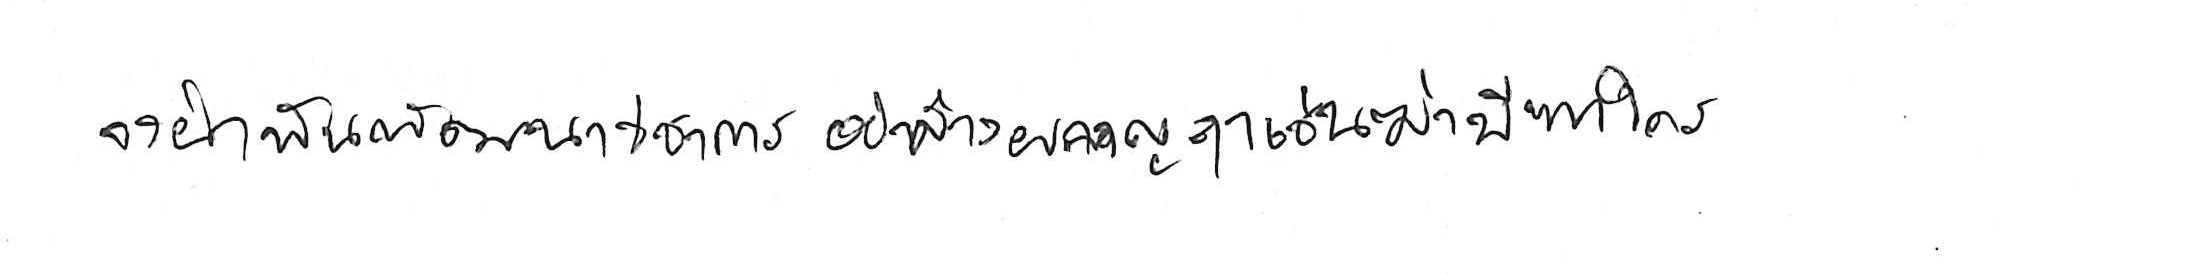
จงฝ่าฟันพัฒนาวิชาการ อย่าล้างผลาญฤๅเข่นฆ่าบีฑาใคร